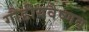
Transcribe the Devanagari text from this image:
गौडीयवैष्णव